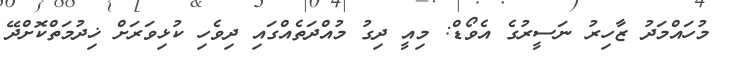
މުހައްމަދު ޒާހިރު ނަސީރުގެ އެވޯޑް: މިއީ ދިގު މުއްދަތެއްގައި ދިވެހި ކުޅިވަރަށް ޚިދުމަތްކޮށްދޭ